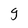
Character: g